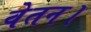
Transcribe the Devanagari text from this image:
वेतन।